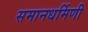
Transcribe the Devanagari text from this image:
समानधर्मिणी